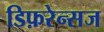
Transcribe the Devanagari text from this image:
डिफ़रेन्सज